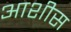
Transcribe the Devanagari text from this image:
आशीस